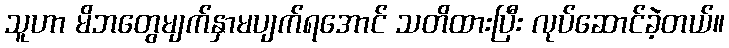
သူဟာ မိဘတွေမျက်နှာမပျက်ရအောင် သတိထားပြီး လုပ်ဆောင်ခဲ့တယ်။